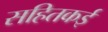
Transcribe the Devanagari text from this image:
सहितकई